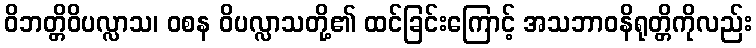
ဝိဘတ္တိဝိပလ္လာသ၊ ဝစန ဝိပလ္လာသတို့၏ ထင်ခြင်းကြောင့် အသဘာဝနိရုတ္တိကိုလည်း